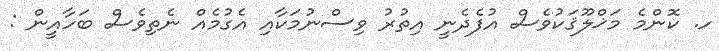
ހ. ކޮންމެ މަޚްލޫޤަކުވެސް އުފެދެނީ އިތުރު ވިސްނުމަކާއި އެގުމެއް ނެތިވެސް ބަހާއީން :